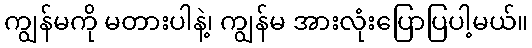
ကျွန်မကို မတားပါနဲ့၊ ကျွန်မ အားလုံးပြောပြပါ့မယ်။